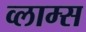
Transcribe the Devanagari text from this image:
व्लाम्स